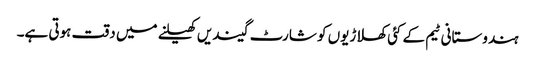
ہندوستانی ٹیم کے کئی کھلاڑیوں کو شارٹ گیندیں کھیلنے میں دقت ہوتی ہے۔